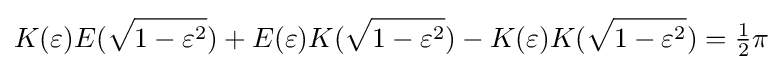
K(\varepsilon )E({\sqrt {1-\varepsilon ^{2}}})+E(\varepsilon )K({\sqrt {1-\varepsilon ^{2}}})-K(\varepsilon )K({\sqrt {1-\varepsilon ^{2}}})={\tfrac {1}{2}}\pi